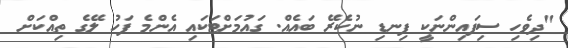
"ދިވެހި ސިފައިންނަކީ ފިނޑި ނުކެރޭ ބައެއް. ގައުމަށްޓަކައި އެންމެ ފަހު ލޭގެ ތިއްކަށް